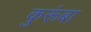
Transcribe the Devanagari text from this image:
कुरूंबा